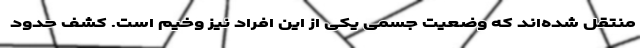
منتقل شده‌اند که وضعیت جسمی یکی از این افراد نیز وخیم است. کشف حدود